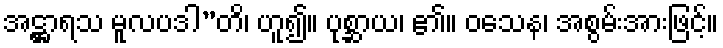
အဋ္ဌာရသ မူလပဒါ”တိ၊ ဟူ၍။ ပုစ္ဆာယ၊ ၏။ ဝသေန၊ အစွမ်းအားဖြင့်။